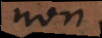
non.